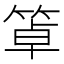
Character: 䈇